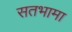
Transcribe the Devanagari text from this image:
सतभामा